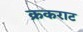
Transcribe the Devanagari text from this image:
क्रकराट